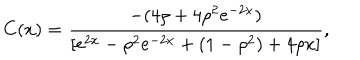
C ( x ) = \frac { - ( 4 \rho + 4 \rho ^ { 2 } e ^ { - 2 x } ) } { [ e ^ { 2 x } - \rho ^ { 2 } e ^ { - 2 x } + ( 1 - \rho ^ { 2 } ) + 4 \rho x ] } ,